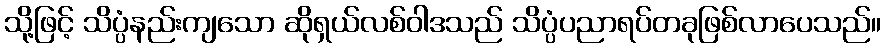
သို့ဖြင့် သိပ္ပံနည်းကျသော ဆိုရှယ်လစ်ဝါဒသည် သိပ္ပံပညာရပ်တခုဖြစ်လာပေသည်။